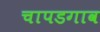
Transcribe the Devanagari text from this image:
चापडगाव